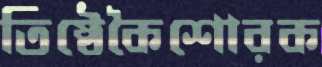
তিষ্ঠেকৈশোরক